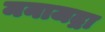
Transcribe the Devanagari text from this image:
मनाजद्रा